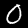
Label: 0